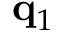
\mathbf { q } _ { 1 }